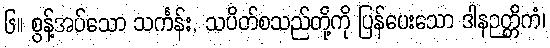
၆။ စွန့်အပ်သော သင်္ကန်း, သပိတ်စသည်တို့ကို ပြန်ပေးသော ဒါနဉတ္တိကံ၊